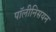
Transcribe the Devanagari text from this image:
पॉलीनिसयन